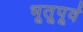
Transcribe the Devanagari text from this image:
भूतूपूर्व